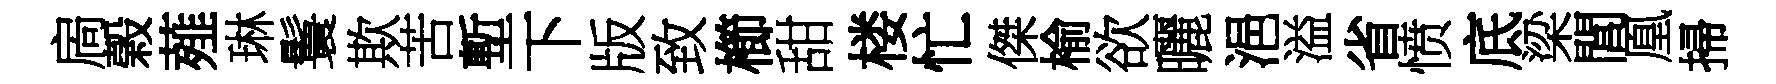
扄榖薤琳鬟欺苦塹下版致櫛甜楼忙傑榆欲曬浥溢省愤底梁閭凰掃